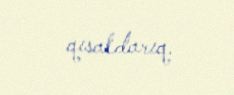
qısaldarıq.